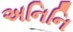
અનિનિ